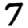
Digit: 7